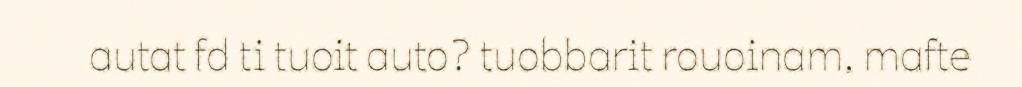
autat fd ti tuoit auto? tuobbarit rouoinam, mafte